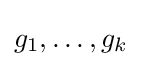
g_{1},\dots ,g_{k}